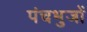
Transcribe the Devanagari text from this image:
पंचभुजों